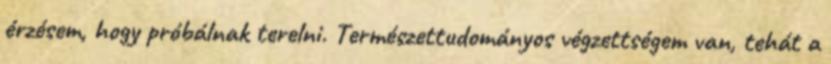
érzésem, hogy próbálnak terelni. Természettudományos végzettségem van, tehát a